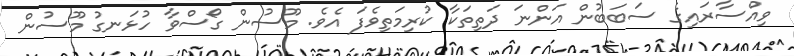
ވިއްސާރައިގެ ސަބަބުން އަންނަ ދަތިތަކާ ކުރިމަތިވެފަ އެވެ. މޫސުން ގޯސްވާ ހުޅަނގު މޫސުން